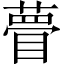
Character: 瞢